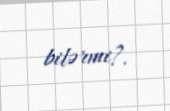
bilərmi?.